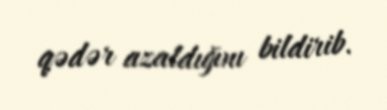
qədər azaldığını bildirib.